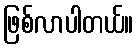
ဖြစ်လာပါတယ်။